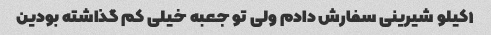
۱کیلو شیرینی سفارش دادم ولی تو جعبه خیلی کم گذاشته بودین